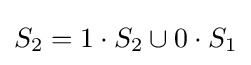
S_{2}=1\cdot S_{2}\cup 0\cdot S_{1}